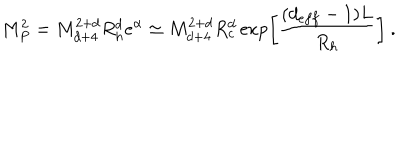
M _ { P } ^ { 2 } = M _ { d + 4 } ^ { 2 + d } R _ { h } ^ { d } e ^ { \alpha } \simeq M _ { d + 4 } ^ { 2 + d } R _ { c } ^ { d } \exp \left[ \frac { ( d _ { e f f } - 1 ) L } { R _ { h } } \right] \ .